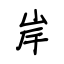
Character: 岸